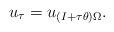
LaTeX: \begin{align*} u_\tau = u_{(I + \tau \theta) \Omega}.\end{align*}